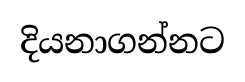
දියනාගන්නට